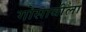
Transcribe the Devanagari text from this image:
गोसावीला